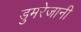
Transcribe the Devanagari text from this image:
डुमरेजानी